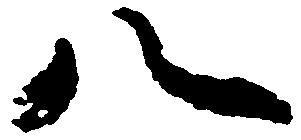
八